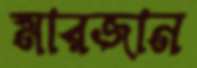
মারজান